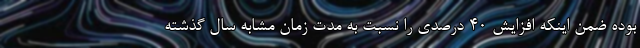
بوده ضمن اینکه افزايش 40 درصدي را نسبت به مدت زمان مشابه سال گذشته